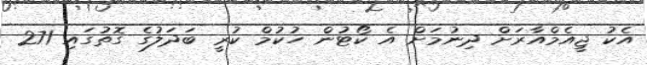
އެކު ޖީއެމްއާރަށް ދިނުމަށް އެ ކޯޓުން ހުކުމް ކުރީ ބަދަލުގެ ގޮތުގައި 271